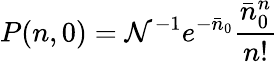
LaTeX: P(n,0)=\mathcal{N}^{-1}e^{-\bar{n}_{0}}\frac{\bar{n}_{0}^{n}}{n!}